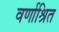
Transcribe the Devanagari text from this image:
वर्णाश्रित